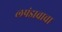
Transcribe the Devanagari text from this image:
लपंडावाचा